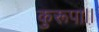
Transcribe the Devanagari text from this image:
कुरूपा।।